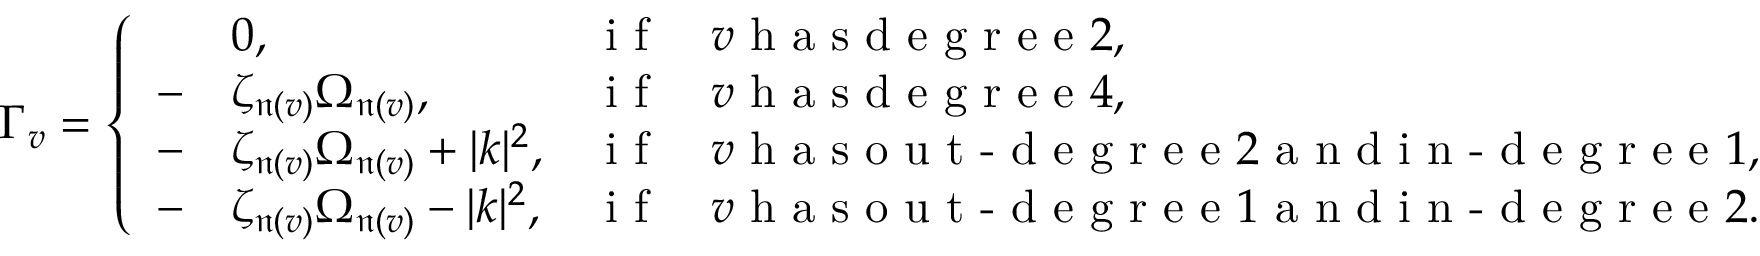
\Gamma _ { v } = \left\{ \begin{array} { r l r l } & { 0 , } & { \textrm { i f } } & { v \textrm { h a s d e g r e e } 2 , } \\ { - } & { \zeta _ { \mathfrak n ( v ) } \Omega _ { \mathfrak n ( v ) } , } & { \textrm { i f } } & { v \textrm { h a s d e g r e e } 4 , } \\ { - } & { \zeta _ { \mathfrak n ( v ) } \Omega _ { \mathfrak n ( v ) } + | k | ^ { 2 } , } & { \textrm { i f } } & { v \textrm { h a s o u t - d e g r e e } 2 \textrm { a n d i n - d e g r e e } 1 , } \\ { - } & { \zeta _ { \mathfrak n ( v ) } \Omega _ { \mathfrak n ( v ) } - | k | ^ { 2 } , } & { \textrm { i f } } & { v \textrm { h a s o u t - d e g r e e } 1 \textrm { a n d i n - d e g r e e } 2 . } \end{array} \right.